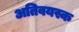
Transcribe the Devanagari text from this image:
अतिवयस्क